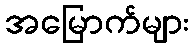
အမြောက်များ